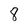
Character: 8